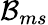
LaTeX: \mathcal{B}_{ms}